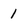
Character: 1